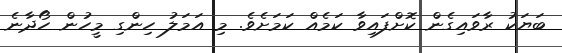
ބަޔަކު ރާވައިގެެން ކޮށްފައިވާ ކަމެއް ކަމަށެވެ. މި އަމަލު ހިންގި މީހުން ހޯދާނެ